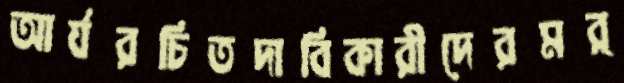
আর্যরচিতদাবিকারীদেরমর্